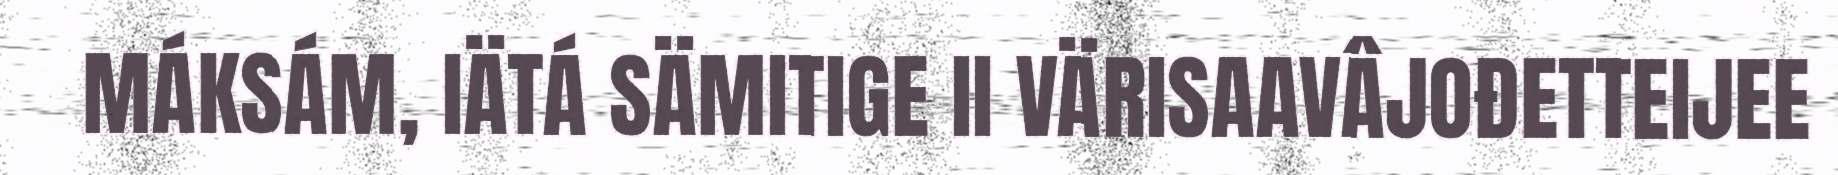
MÁKSÁM, IÄTÁ SÄMITIGE II VÄRISAAVÂJOĐETTEIJEE